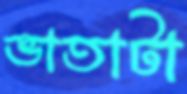
ভাতাটা